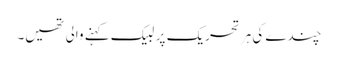
چندے کی ہر تحریک پر لبیک کہنے والی تھیں۔